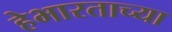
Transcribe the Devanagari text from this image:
हेभारताच्या